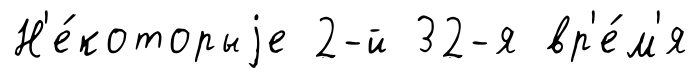
Н'е́которыjе 2-й 32-я вр'е́м'я